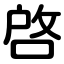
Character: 啓